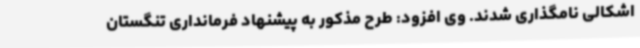
اشکالی نامگذاری شدند. وی افزود: طرح مذکور به پیشنهاد فرمانداری تنگستان